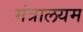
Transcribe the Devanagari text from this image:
मंत्रालयम